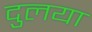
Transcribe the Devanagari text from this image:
दुलया